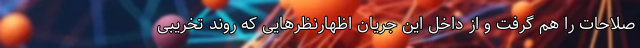
صلاحات را هم گرفت و از داخل این جریان اظهارنظرهایی که روند تخریبی